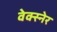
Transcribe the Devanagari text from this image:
वेक्स्नेर